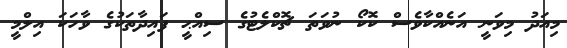
މިއަދު މިވަނީ އަނެއްކާވެސް ކޮކޯ ނުވަތަ ޗޮކްލެޓުގެ ސިއްޙީ ފައިދާތަކުގެ ވާހަކަ އިލްމީ